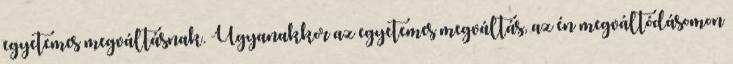
egyetemes megváltásnak. Ugyanakkor az egyetemes megváltás, az én megváltódásomon